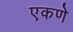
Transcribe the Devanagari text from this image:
एकणे